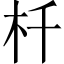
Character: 杄